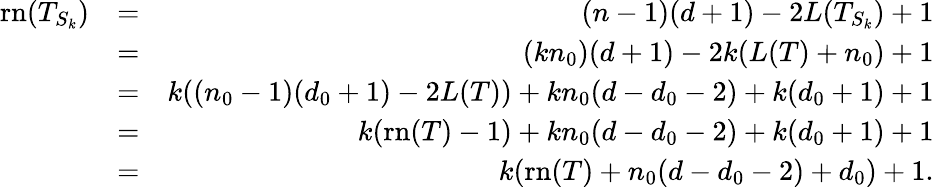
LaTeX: \begin{array}{rlr}{\mathrm{rn}(T_{S_{k}})}&{=}&{(n-1)(d+1)-2L(T_{S_{k}})+1}\\ &{=}&{(kn_{0})(d+1)-2k(L(T)+n_{0})+1}\\ &{=}&{k((n_{0}-1)(d_{0}+1)-2L(T))+kn_{0}(d-d_{0}-2)+k(d_{0}+1)+1}\\ &{=}&{k(\mathrm{rn}(T)-1)+kn_{0}(d-d_{0}-2)+k(d_{0}+1)+1}\\ &{=}&{k(\mathrm{rn}(T)+n_{0}(d-d_{0}-2)+d_{0})+1.}\end{array}